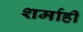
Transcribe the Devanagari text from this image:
शर्माही